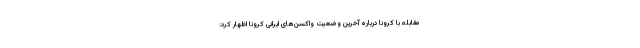
مقابله با کرونا درباره آخرین وضعیت واکسن‌های ایرانی کرونا اظهار کرد: